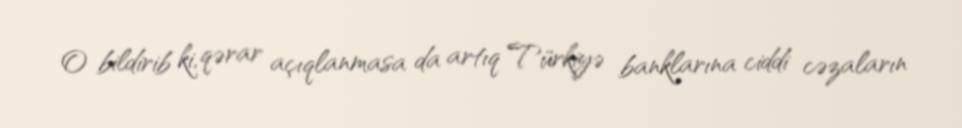
O bildirib ki, qərar açıqlanmasa da artıq Türkiyə banklarına ciddi cəzaların